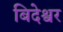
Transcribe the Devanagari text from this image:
बिदेश्वर